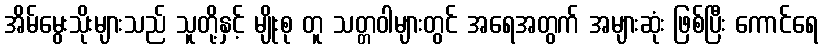
အိမ်မွေးသိုးများသည် သူတို့နှင့် မျိုးစု တူ သတ္တဝါများတွင် အရေအတွက် အများဆုံး ဖြစ်ပြီး ကောင်ရေ